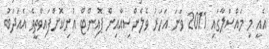
އެއީ މި މައްސަލާގައި 2011 ވަނަ އަހަރު ވެލެންސިއާއިން ޕޮއިންޓް އުނިކޮށްފައިވާތީވެ އެއަދަބު